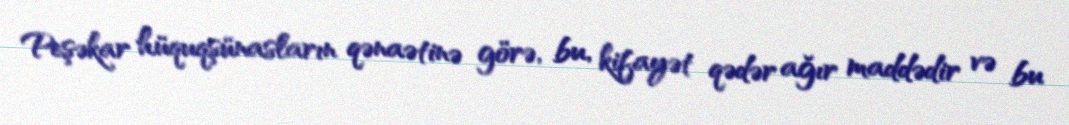
Peşəkar hüquqşünasların qənaətinə görə, bu, kifayət qədər ağır maddədir və bu